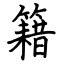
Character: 籍